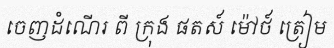
ចេញដំណើរ ពី ក្រុង ផតស៍ ម៉ៅថ៍ ត្រៀម